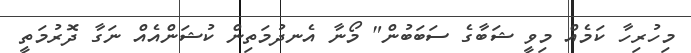
މިހުރިހާ ކަމެއް މިވީ ޝަބާގެ ސަބަބުން" މޯނާ އެނދުމަތިން ކުޝަންއެއް ނަގާ ދޮރުމަތީ